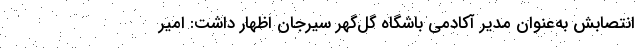
انتصابش به‌عنوان مدیر آکادمی باشگاه گل‌گهر سیرجان اظهار داشت: امیر